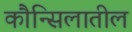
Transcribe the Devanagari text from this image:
कौन्सिलातील